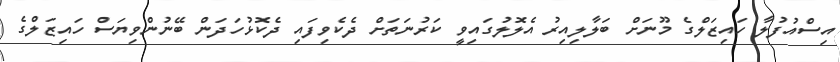
އިސްއުފުލާ ހައިޒަލްގެ މޫނަށް ބަލާލިއިރު އެލޮލުގައިވީ ކަރުނަތަށް ދެކެވިފައި ދެކޮޅުހަދަން ބޭނުންވިޔަސް ހައިޒަލްގެ